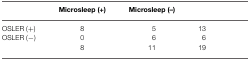
<table><thead><tr><td></td><td><b>Microsleep (+)</b></td><td><b>Microsleep (–)</b></td><td></td></tr></thead><tbody><tr><td>OSLER (+)</td><td>8</td><td>5</td><td>13</td></tr><tr><td>OSLER (−)</td><td>0</td><td>6</td><td>6</td></tr><tr><td></td><td>8</td><td>11</td><td>19</td></tr></tbody></table>